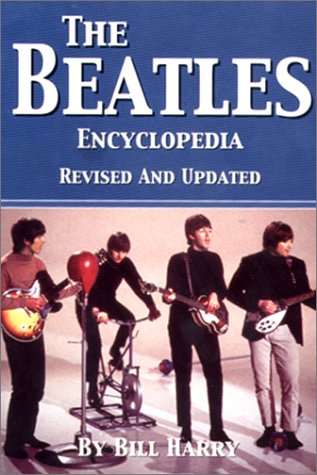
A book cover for The Beatles Encyclopedia; Bill Harry; Humor & Entertainment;